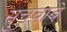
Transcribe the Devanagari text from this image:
सुचवावे